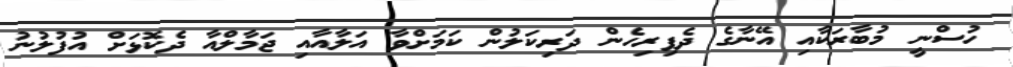
ހުސްނީ މުބާރަކާއި އޭނާގެ ދެފިރިހެން ދަރިކަލުން ކަމަށްވާ އަލާއާއި ޖަމާލްއާ ދެކޮޅަށް އުފުލުނު